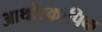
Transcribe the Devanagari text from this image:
आर्थोस्कोपिक